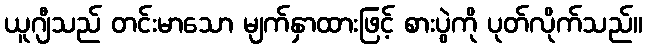
ယူဂျီသည် တင်းမာသော မျက်နှာထားဖြင့် စားပွဲကို ပုတ်လိုက်သည်။